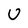
Character: U